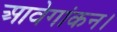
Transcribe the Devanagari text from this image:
आवेगांकन।